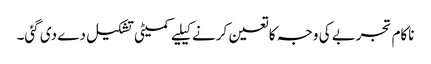
ناکام تجربے کی وجہ کا تعین کرنے کیلیے کمیٹی تشکیل دے دی گئی۔